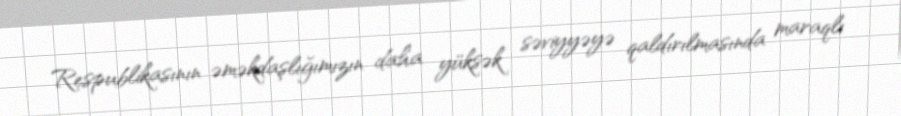
Respublikasının əməkdaşlığımızın daha yüksək səviyyəyə qaldırılmasında maraqlı